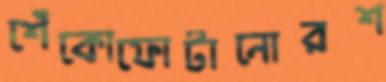
শেঁকোফোটানোরশ